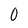
Character: 0